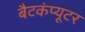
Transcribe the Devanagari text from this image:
बैटकंप्यूटर